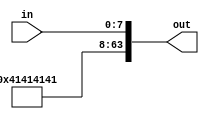
module zk_stmt(out, in);

output [63:0] out;

input [7:0] in;

assign out = {56'h41414141, in};

endmodule